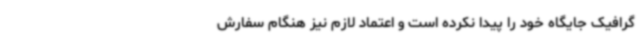
گرافیک جایگاه خود را پیدا نکرده است و اعتماد لازم نیز هنگام سفارش